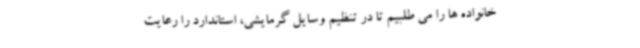
خانواده ها را می طلبیم تا در تنظیم وسایل گرمایشی، استاندارد را رعایت